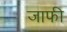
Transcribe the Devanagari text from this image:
जाफी